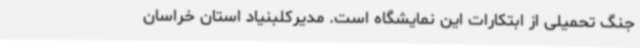
جنگ تحمیلی از ابتکارات این نمایشگاه است. مدیرکلبنیاد استان خراسان